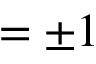
= \pm 1